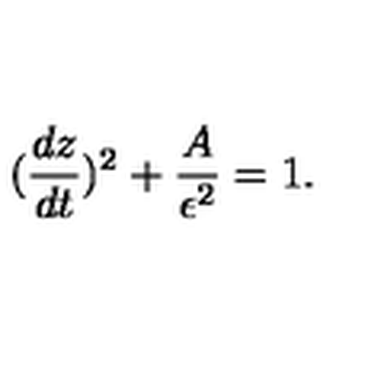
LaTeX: ( { \frac { d z } { d t } } ) ^ { 2 } + { \frac { A } { \epsilon ^ { 2 } } } = 1 .